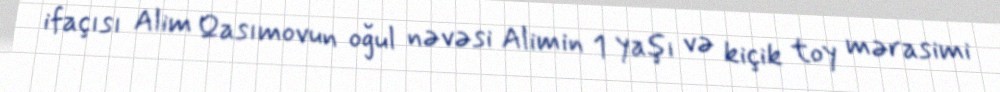
ifaçısı Alim Qasımovun oğul nəvəsi Alimin 1 yaşı və kiçik toy mərasimi